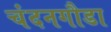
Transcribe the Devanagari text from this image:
चंदनगौडा